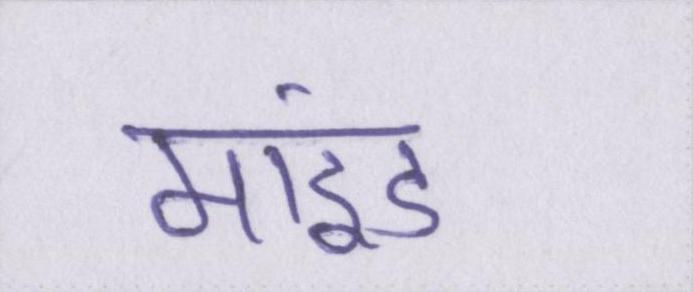
माइंड